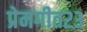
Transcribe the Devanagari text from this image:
प्रेमगीत२३